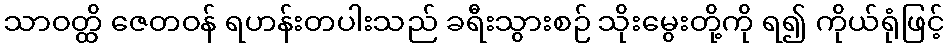
သာဝတ္ထိ ဇေတဝန် ရဟန်းတပါးသည် ခရီးသွားစဉ် သိုးမွေးတို့ကို ရ၍ ကိုယ်ရုံဖြင့်